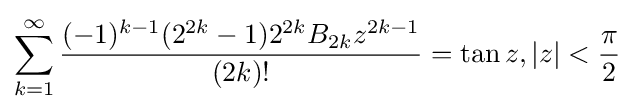
\sum _{k=1}^{\infty }{\frac {(-1)^{k-1}(2^{2k}-1)2^{2k}B_{2k}z^{2k-1}}{(2k)!}}=\tan z,|z|<{\frac {\pi }{2}}